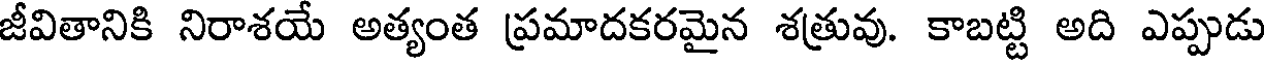
జీవితానికి నిరాశయ అత్యంత ప్రమాదకరమైన శత్రువు. కాబట్టి అది ఎప్పుడు